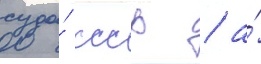
суда́ ссср / а́